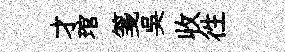
才琯箋吴收徃